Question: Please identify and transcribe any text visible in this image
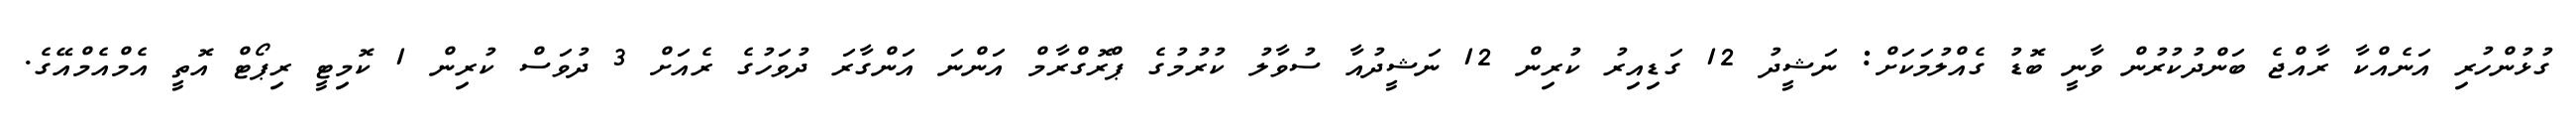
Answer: ގުޅުންހުރި އަނެއްކާ ރާއްޖެ ބަންދުކުރުން ވާނީ ބޮޑު ގެއްލުމަކަށް: ނަޝީދު 12 ގަޑިއިރު ކުރިން 12 ނަޝީދުއާ ސުވާލު ކުރުމުގެ ޕްރޮގްރާމް އަންނަ އަންގާރަ ދުވަހުގެ ރެއަށް 3 ދުވަސް ކުރިން 1 ކޮމިޓީ ރިޕޯޓް އޮތީ އެމްއެމްއޭގެ.